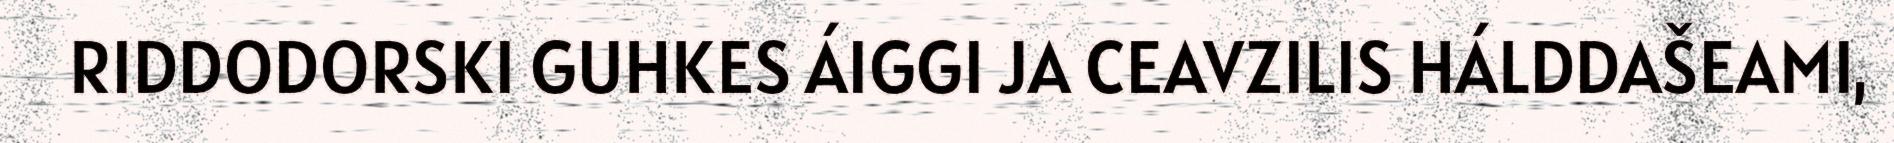
RIDDODORSKI GUHKES ÁIGGI JA CEAVZILIS HÁLDDAŠEAMI,